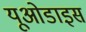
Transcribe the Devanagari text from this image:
यूओडाइस